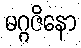
မဂ္ဂဇိနော